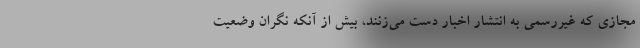
مجازی که غیررسمی به انتشار اخبار دست می‌زنند، بیش از آنکه نگران وضعیت